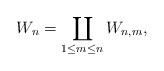
LaTeX: \begin{align*}W_n=\coprod_{1\leq m\leq n}W_{n,m},\end{align*}